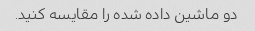
دو ماشین داده شده را مقایسه کنید.